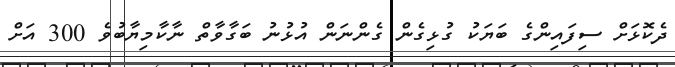
ދެކޮޅަށް ސިފައިންގެ ބަޔަކު ގުޅިގެން ގެންނަން އުޅުނު ބަގާވާތް ނާކާމިޔާބުވެ 300 އަށް